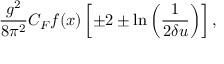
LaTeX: \frac { g ^ { 2 } } { 8 \pi ^ { 2 } } C _ { F } f ( x ) \left[ \pm 2 \pm \ln \left( \frac { 1 } { 2 \delta u } \right) \right] ,